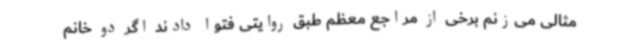
مثالی می‌زنم برخی از مراجع معظم طبق روایتی فتوا دادند اگر دو خانم